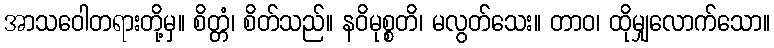
အာသဝေါတရားတို့မှ။ စိတ္တံ၊ စိတ်သည်။ နဝိမုစ္စတိ၊ မလွတ်သေး။ တာဝ၊ ထိုမျှလောက်သော။